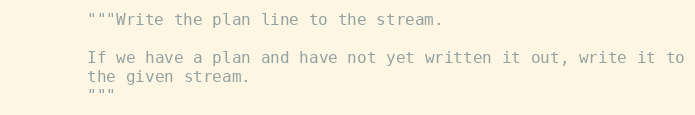
Language: Python
        """Write the plan line to the stream.

        If we have a plan and have not yet written it out, write it to
        the given stream.
        """